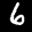
Label: 6